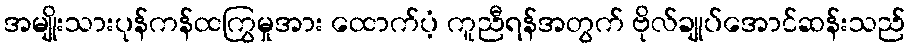
အမျိုးသားပုန်ကန်ထကြွမှုအား ထောက်ပံ့ ကူညီရန်အတွက် ဗိုလ်ချုပ်အောင်ဆန်းသည်